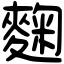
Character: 麴